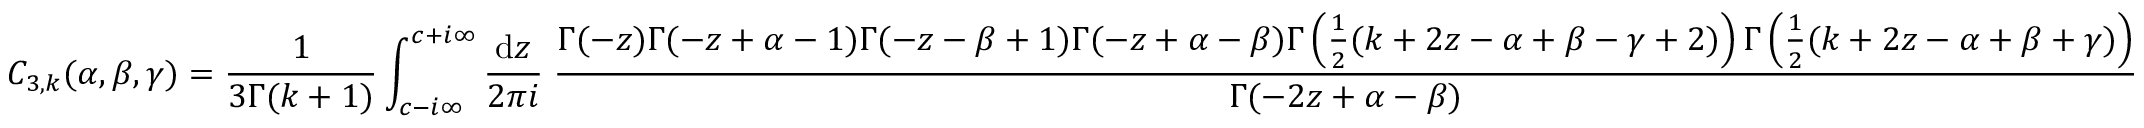
C _ { 3 , k } ( \alpha , \beta , \gamma ) = \frac { 1 } { 3 \Gamma ( k + 1 ) } \int _ { c - i \infty } ^ { c + i \infty } \frac { \mathrm { d } z } { 2 \pi i } \; \frac { \Gamma ( - z ) \Gamma ( - z + \alpha - 1 ) \Gamma ( - z - \beta + 1 ) \Gamma ( - z + \alpha - \beta ) \Gamma \left( \frac { 1 } { 2 } ( k + 2 z - \alpha + \beta - \gamma + 2 ) \right) \Gamma \left( \frac { 1 } { 2 } ( k + 2 z - \alpha + \beta + \gamma ) \right) } { \Gamma ( - 2 z + \alpha - \beta ) }